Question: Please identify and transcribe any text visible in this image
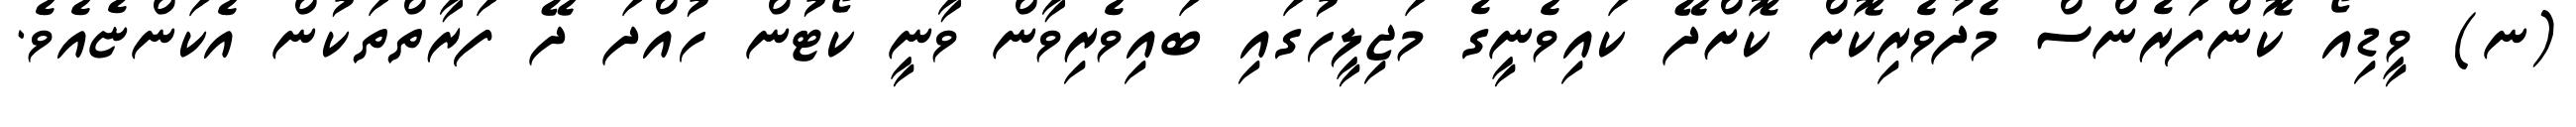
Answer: (ނ) ވީޑިއޯ ކޮންފަރެންސް މެދުވެރިކޮށް ކޮށްދޭ ކައިވެނީގެ މަޖިލީހުގައި ބައިވެރިވާން ވާނީ ކޯޓުން ހުއްދަ ދޭ ފަރާތްތަކުން އެކަންޏެއެވެ.